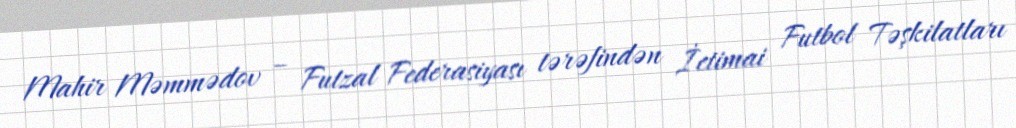
Mahir Məmmədov – Futzal Federasiyası tərəfindən İctimai Futbol Təşkilatları